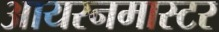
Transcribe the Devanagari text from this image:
आयरनमास्टर